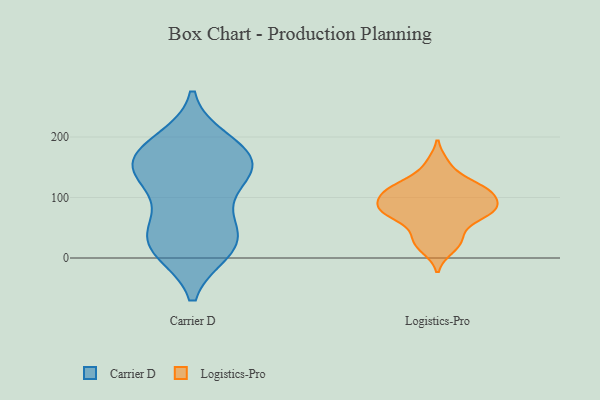
{"axis": {"x": "Temperature (°C)", "y": "Value"}, "legend": ["Carrier D", "Logistics-Pro"], "data": [{"x": "", "y": 63, "type": "Carrier D"}, {"x": "", "y": 133, "type": "Carrier D"}, {"x": "", "y": 150, "type": "Carrier D"}, {"x": "", "y": 157, "type": "Carrier D"}, {"x": "", "y": 12, "type": "Carrier D"}, {"x": "", "y": 12, "type": "Carrier D"}, {"x": "", "y": 39, "type": "Carrier D"}, {"x": "", "y": 116, "type": "Carrier D"}, {"x": "", "y": 52, "type": "Carrier D"}, {"x": "", "y": 31, "type": "Carrier D"}, {"x": "", "y": 157, "type": "Carrier D"}, {"x": "", "y": 11, "type": "Carrier D"}, {"x": "", "y": 164, "type": "Carrier D"}, {"x": "", "y": 189, "type": "Carrier D"}, {"x": "", "y": 194, "type": "Carrier D"}, {"x": "", "y": 130, "type": "Carrier D"}, {"x": "", "y": 175, "type": "Carrier D"}, {"x": "", "y": 75, "type": "Logistics-Pro"}, {"x": "", "y": 101, "type": "Logistics-Pro"}, {"x": "", "y": 85, "type": "Logistics-Pro"}, {"x": "", "y": 70, "type": "Logistics-Pro"}, {"x": "", "y": 76, "type": "Logistics-Pro"}, {"x": "", "y": 156, "type": "Logistics-Pro"}, {"x": "", "y": 113, "type": "Logistics-Pro"}, {"x": "", "y": 38, "type": "Logistics-Pro"}, {"x": "", "y": 15, "type": "Logistics-Pro"}, {"x": "", "y": 125, "type": "Logistics-Pro"}, {"x": "", "y": 111, "type": "Logistics-Pro"}, {"x": "", "y": 93, "type": "Logistics-Pro"}, {"x": "", "y": 73, "type": "Logistics-Pro"}, {"x": "", "y": 29, "type": "Logistics-Pro"}, {"x": "", "y": 116, "type": "Logistics-Pro"}]}